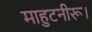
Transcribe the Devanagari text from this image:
माहुटनीरू।